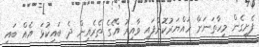
ފެށިގެން މިހާތަނަށް ހައްޔަރުކޮށްފައި ވާއިރު އޭގެ ތެރެއިން ދެ ބައިކުޅަ އެއް ބައި